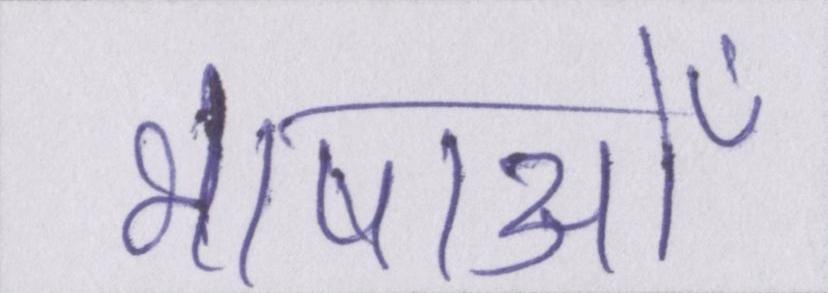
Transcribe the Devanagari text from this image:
भाषाओँ